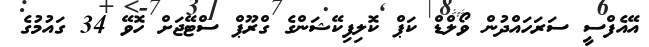
އޭއެފްސީ ސަރަހައްދުން ވޯލްޑް ކަޕް ކޮލިފިކޭޝަންގެ ގްރޫޕް ސްޓޭޖަށް ހޮވޭ 34 ގައުމުގެ